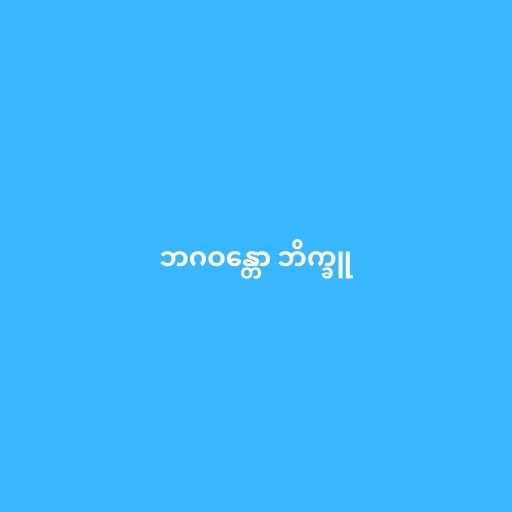
ဘဂဝန္တော ဘိက္ခူ